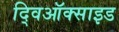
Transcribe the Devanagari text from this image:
द्विऑक्साइड